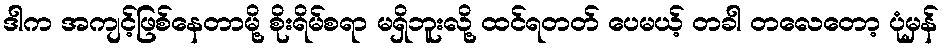
ဒါက အကျင့်ဖြစ်နေတာမို့ စိုးရိမ်စရာ မရှိဘူးလို့ ထင်ရတတ် ပေမယ့် တခါ တလေတော့ ပုံမှန်